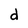
Character: d